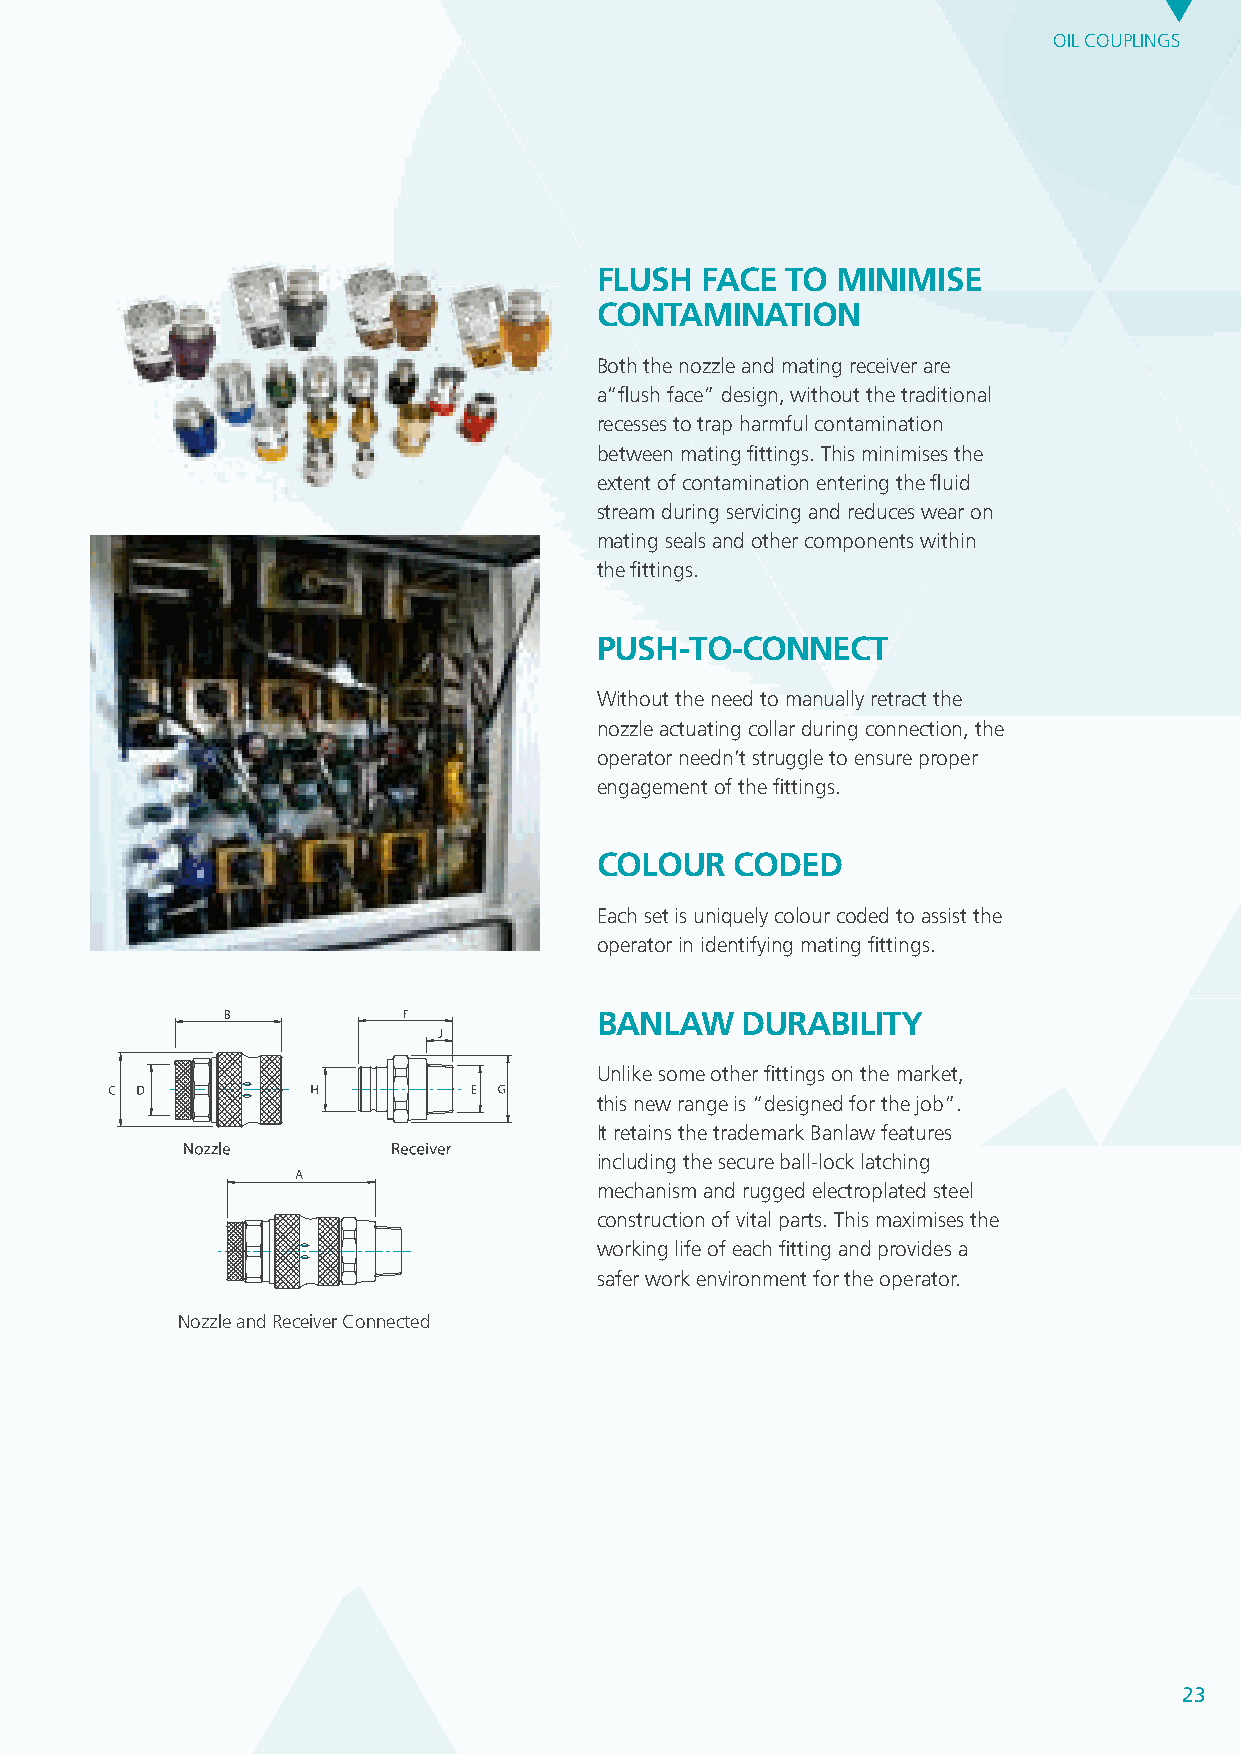
OIL COUPLINGS
 FLUSH   FACE TO  MINIMISE
 CONTAMINATION
 Both the nozzle and mating receiver are
 a“flush face” design, without the traditional
 recesses to trap harmful contamination
 between mating fittings. This minimises the
 extent of contamination entering the fluid
 stream during servicing and reduces wear on
 mating seals and other components within
 the fittings.
 PUSH-TO-CONNECT
 Without the need to manually retract the
 nozzle actuating collar during connection, the
 operator needn’t struggle to ensure proper
 engagement of the fittings.
 COLOUR    CODED
 Each set is uniquely colour coded to assist the
 operator in identifying mating fittings.
 BThAreadN SizeLs AW DURABILITy
 Size Colour Thread (MaR le ec )e Div ie mr . E (FemaN leo )z Dzl ie m . D Manu Afa pc ptu lir ce ad ti ofr no m and
 Unli0k e somSielve ro theBrS PfiTttings ¼o” n the mar¼k” et, Stainless Steel
 Water
 this new range is “designed for the job”. Brass
 1   Brass NPT ½” ¾” ¾” 1” Compatible coolants
 It retains the trademark Banlaw features and wate r
 2   Gold
 inclu3 ding thReed secure ball-lock latching
 mec4 hanismBl acak nd rugged electroplated steel Zinc plated steel and
 5   Green               anodised aluminium
 con7s tructioPunrpl eo f vitNaPT l par¾t”s . Th1i”s ma¾x” imise1”s theC ommon lubricants
 and diesel fu el
 wor8k ing liPflaetin uomf each fitting and provides a
 9  Bronze
 safe10r workO raennge vironment for the operator.
 As above plus may be
 Nozzle & Receiver Connected     6   Blue NPT 1” 1 ¼” 1” 1 ¼” used with Unleaded
 Nozzle and Receiver Connected                           Petrol
 (See table at right)
 Note: NPT Thread Supplied as Standa rd
 23